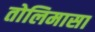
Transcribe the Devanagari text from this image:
तोलिमासा